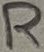
Text: R